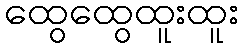
ထွေထွေထူးထူး